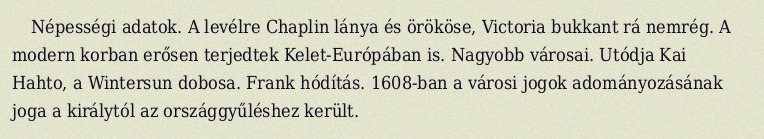
Népességi adatok. A levélre Chaplin lánya és örököse, Victoria bukkant rá nemrég. A modern korban erősen terjedtek Kelet-Európában is. Nagyobb városai. Utódja Kai Hahto, a Wintersun dobosa. Frank hódítás. 1608-ban a városi jogok adományozásának joga a királytól az országgyűléshez került.